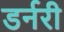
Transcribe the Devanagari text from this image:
डर्नरी